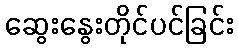
ဆွေးနွေးတိုင်ပင်ခြင်း